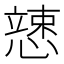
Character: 𱟍